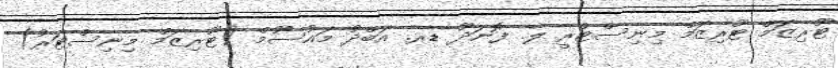
ޓޫރިޒަމް ޓޫރިޒަމް މިނިސްޓްރީ ލ. ފޮނަދޫ ޑރ. އަބްދު މައުސޫމް (ޓޫރިޒަމް މިނިސްޓަރު)